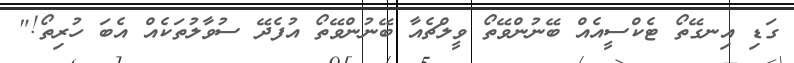
ގަޑި އިނގޭތޯ ޓެކްސީއެއް ބޭނުންވޭތޯ ވީލްޗެއާ ބޭނުންވޭތޯ އުފެދޭ ސުވާލުތަކެއް އެބަ ހުރިތޯ!"